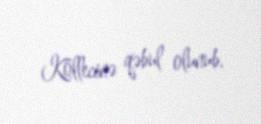
Kollecinə qəbul olunub.